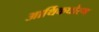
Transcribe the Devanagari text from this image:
आर्थिकधोरण